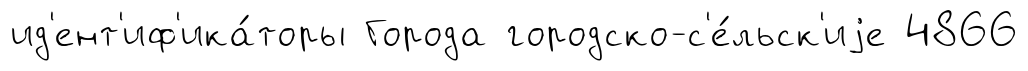
ид'ент'иф'ика́торы Города городско-с'е́льск'иjе 4866